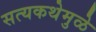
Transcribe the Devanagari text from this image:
सत्यकथेमुळे